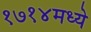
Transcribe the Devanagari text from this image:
१७१४मध्ये